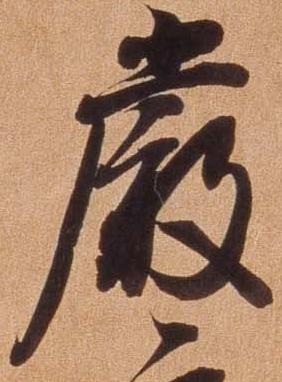
厳